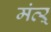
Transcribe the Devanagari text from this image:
मंत्ऱ्